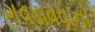
ગવડાવવાનો